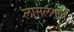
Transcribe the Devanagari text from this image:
लासलगांव